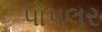
પોપલર